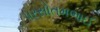
પરસોતમભાઈ